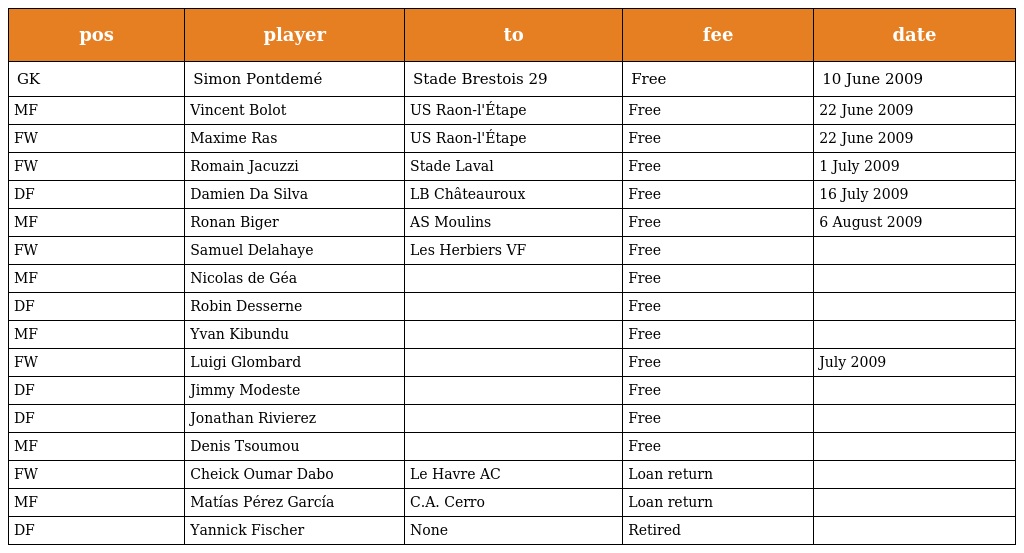
| pos | player | to | fee | date |
 | --- | --- | --- | --- | --- |
 | GK | Simon Pontdemé | Stade Brestois 29 | Free | 10 June 2009 |
 | MF | Vincent Bolot | US Raon-l'Étape | Free | 22 June 2009 |
 | FW | Maxime Ras | US Raon-l'Étape | Free | 22 June 2009 |
 | FW | Romain Jacuzzi | Stade Laval | Free | 1 July 2009 |
 | DF | Damien Da Silva | LB Châteauroux | Free | 16 July 2009 |
 | MF | Ronan Biger | AS Moulins | Free | 6 August 2009 |
 | FW | Samuel Delahaye | Les Herbiers VF | Free |  |
 | MF | Nicolas de Géa |  | Free |  |
 | DF | Robin Desserne |  | Free |  |
 | MF | Yvan Kibundu |  | Free |  |
 | FW | Luigi Glombard |  | Free | July 2009 |
 | DF | Jimmy Modeste |  | Free |  |
 | DF | Jonathan Rivierez |  | Free |  |
 | MF | Denis Tsoumou |  | Free |  |
 | FW | Cheick Oumar Dabo | Le Havre AC | Loan return |  |
 | MF | Matías Pérez García | C.A. Cerro | Loan return |  |
 | DF | Yannick Fischer | None | Retired |  |